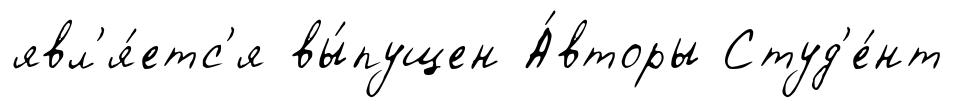
явл'я́етс'я вы́пущен А́вторы Студ'е́нт